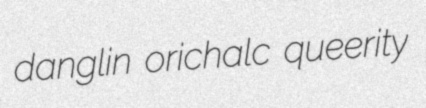
danglin orichalc queerity